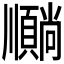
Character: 𫖦